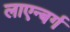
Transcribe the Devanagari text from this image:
लाएन्बर्ग